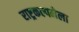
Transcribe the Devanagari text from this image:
राष्ट्रकल्पनेला